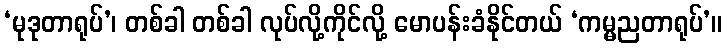
‘မုဒုတာရုပ်’၊ တစ်ခါ တစ်ခါ လုပ်လို့ကိုင်လို့ မောပန်းခံနိုင်တယ် ‘ကမ္မညတာရုပ်’။